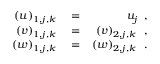
\begin{array} { r l r } { \left( u \right) _ { 1 , j , k } } & { { } = } & { u _ { j } \, \mathrm { ~ , ~ } } \\ { \left( v \right) _ { 1 , j , k } } & { { } = } & { \left( v \right) _ { 2 , j , k } \, \mathrm { ~ , ~ } } \\ { \left( w \right) _ { 1 , j , k } } & { { } = } & { \left( w \right) _ { 2 , j , k } \, \mathrm { ~ . ~ } } \end{array}